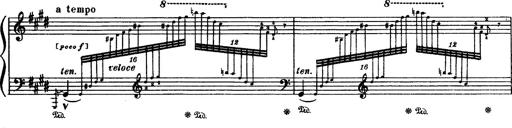
Title: Paraphrase de concert sur Rigoletto
Composer: Franz Liszt